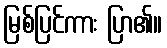
မြစ်ပြင်ကား ပြာ၏။